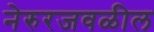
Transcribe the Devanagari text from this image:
नेरुरजवळील